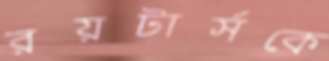
রয়টার্সকে